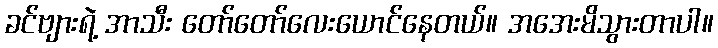
ခင်ဗျားရဲ့ အာသီး တော်တော်လေးယောင်နေတယ်။ အအေးမိသွားတာပါ။